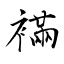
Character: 襔